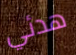
هدئي